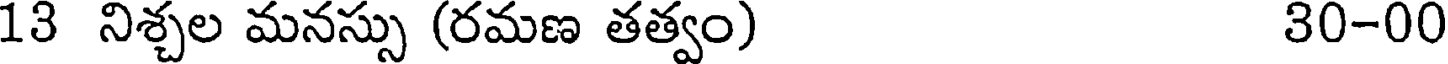
13 నిశ్చల మనస్సు (రమణ తత్వం) 30-00